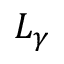
L _ { \gamma }